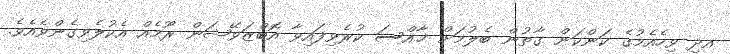
އދި ވިހެއެމުގެ ކަންކަން ގާތުން ބެލުމަށް ޚާއްސަ ކުރެވިފައިވާ އޮބްޒަވޭޝަން ރޫމެއް އެކުލެވިގެންވެއެވެ.